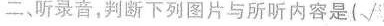
二，听录音，判断下列图片与所听内容是(√